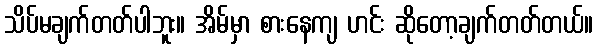
သိပ်မချက်တတ်ပါဘူး။ အိမ်မှာ စားနေကျ ဟင်း ဆိုတော့ချက်တတ်တယ်။